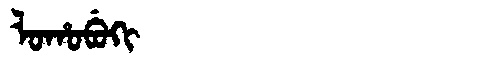
Manchu: ᠯᠣᡥᠣᠪᡠᡴᡳ
Romanization: LOHOBUKI